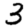
Digit: 3